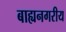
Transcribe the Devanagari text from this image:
बाह्यनगरीय